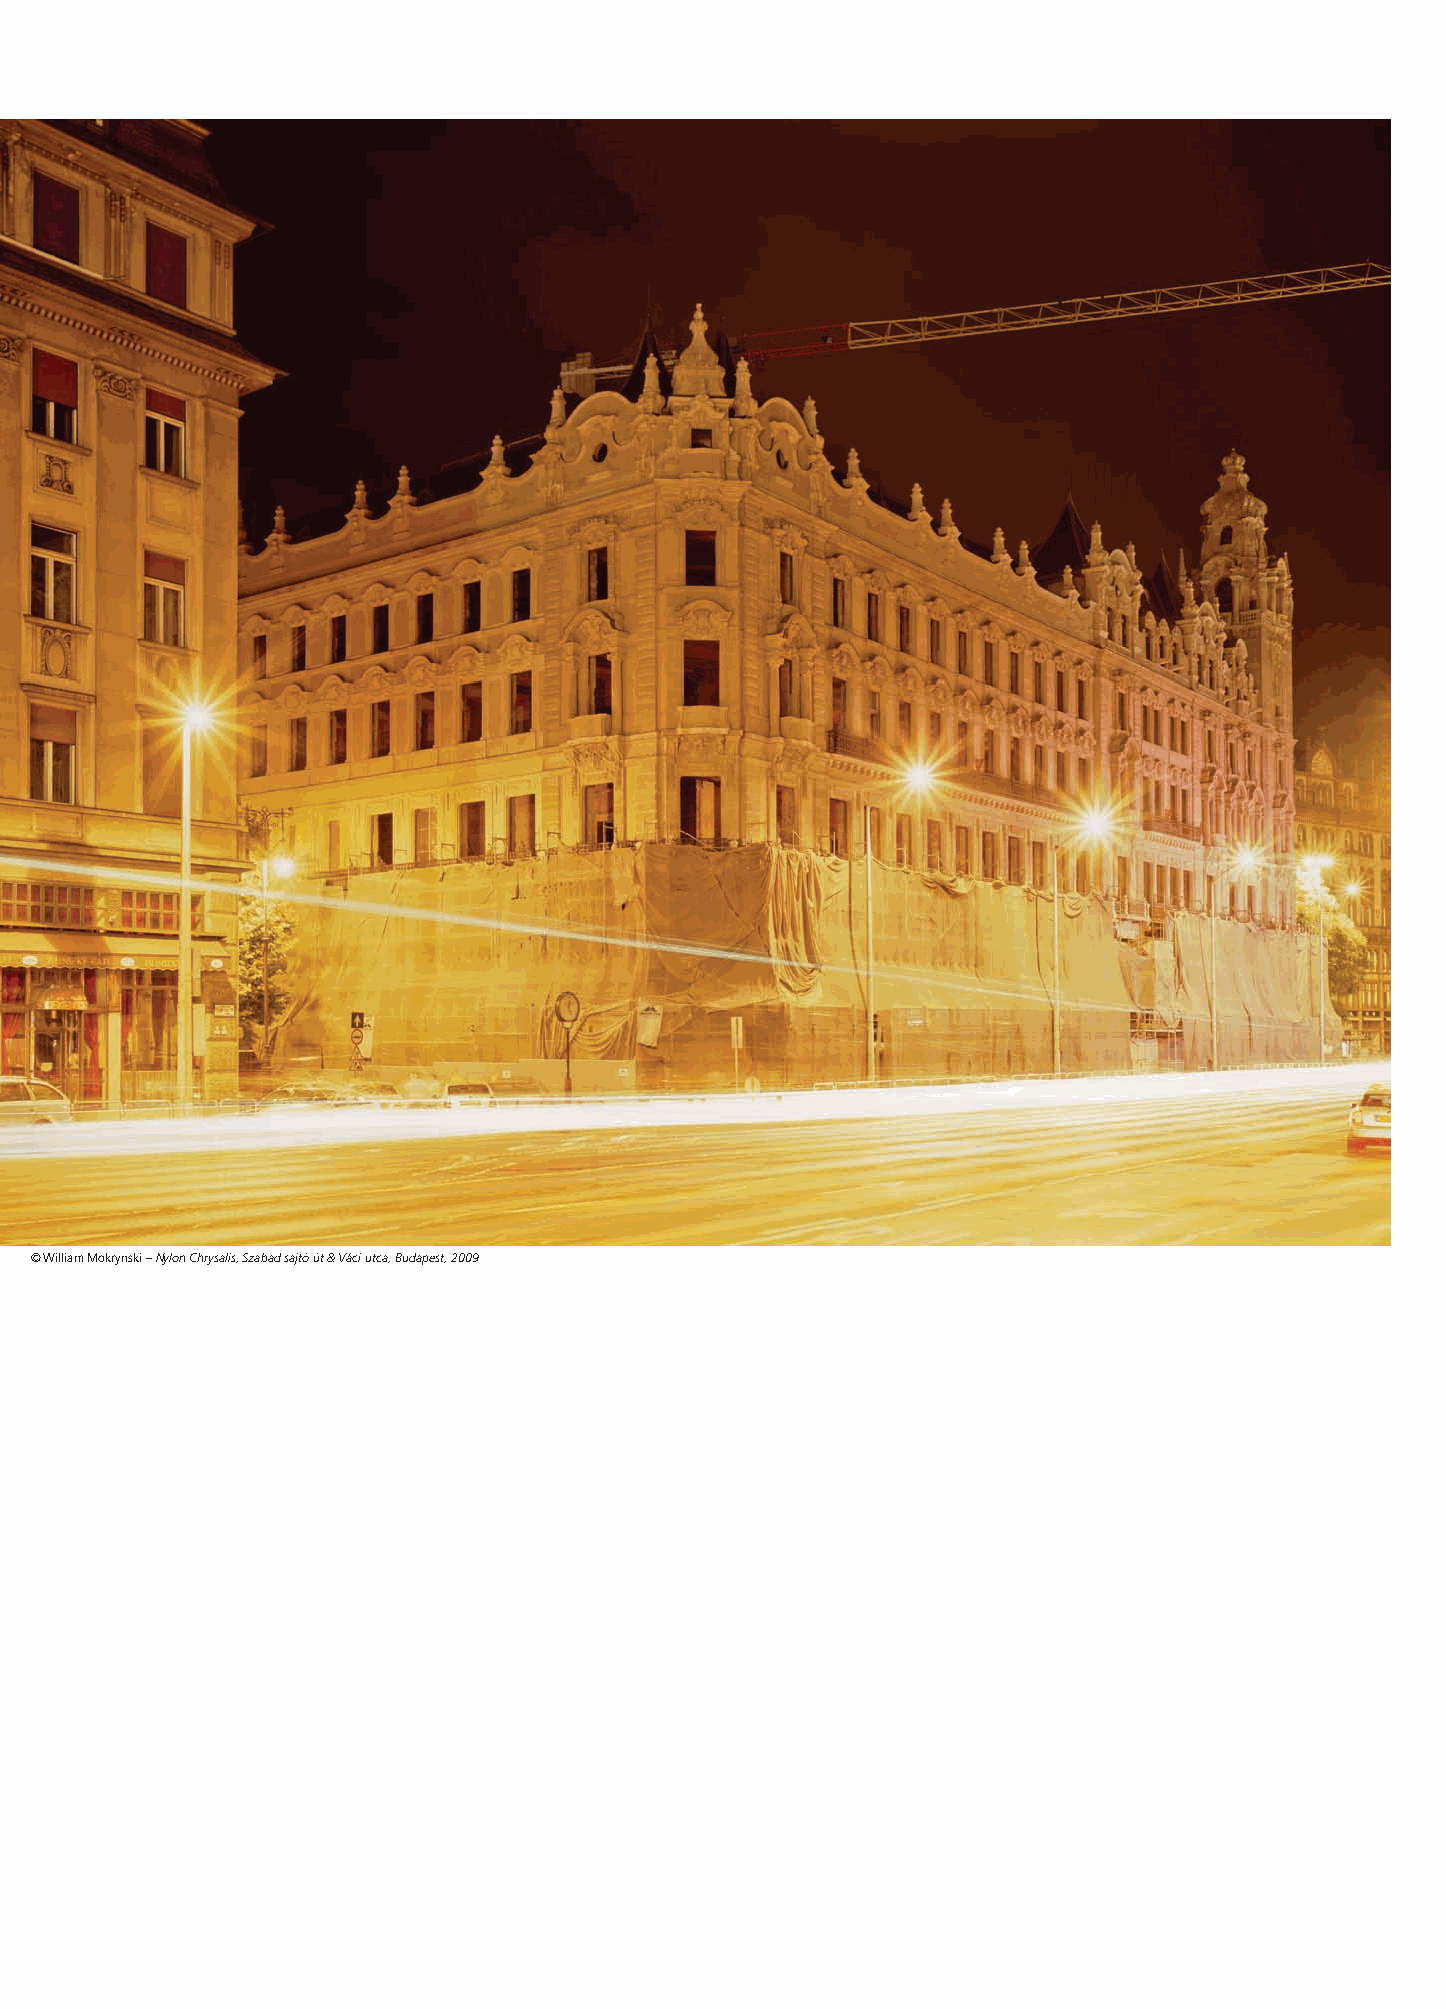
© William Mokrynski – Nylon Chrysalis, Szabad sajtó út & Váci utca, Budapest, 2009
 300405_080-087_William_Mokrynski.indd 84                                                 10-11-10 9:52